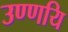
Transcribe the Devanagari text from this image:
उण्णयि